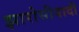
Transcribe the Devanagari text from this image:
झारोसीवादी